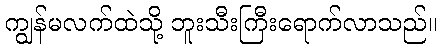
ကျွန်မလက်ထဲသို့ ဘူးသီးကြီးရောက်လာသည်။